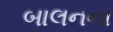
બાલનના